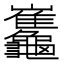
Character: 𪛂